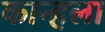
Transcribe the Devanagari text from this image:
कान्हला